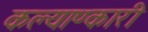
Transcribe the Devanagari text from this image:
कल्याण्कारी